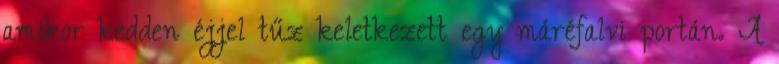
amikor kedden éjjel tűz keletkezett egy máréfalvi portán. A